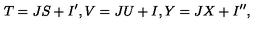
T = J S + I ^ { \prime } , V = J U + I , Y = J X + I ^ { \prime \prime } ,